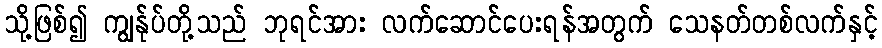
သို့ဖြစ်၍ ကျွန်ုပ်တို့သည် ဘုရင်အား လက်ဆောင်ပေးရန်အတွက် သေနတ်တစ်လက်နှင့်